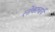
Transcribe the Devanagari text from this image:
लोकाचार्य